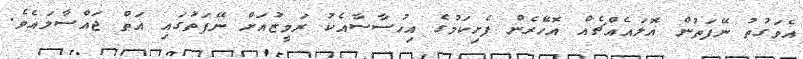
އެވަގުތު ނޭފަތުން އޮލައެއްޗެއް އޮހެޮރެން ފެށިކަމުގެ އިހުސާސާއެކު ރަމީޒުއަށް ނޭފަތުގައި އަތް ޖައްސާލައެވެ.